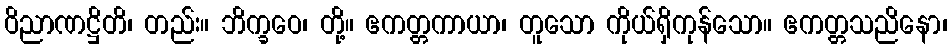
ဝိညာဏဋ္ဌိတိ၊ တည်း။ ဘိက္ခဝေ၊ တို့။ ဧကတ္တကာယာ၊ တူသော ကိုယ်ရှိကုန်သော။ ဧကတ္တသညိနော၊